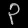
Digit: ၃